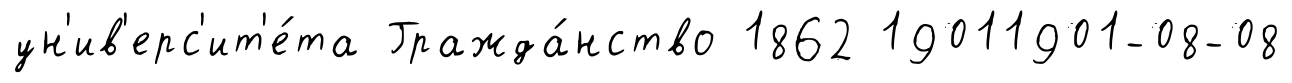
ун'ив'ерс'ит'е́та Гражда́нство 1862 19011901-08-08